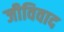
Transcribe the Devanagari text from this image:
जीविवाद